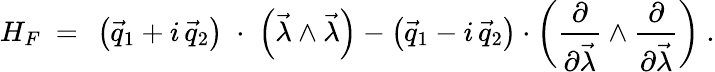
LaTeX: H_{F}\ =\ \left(\vec{q}_{1}+i\, \vec{q}_{2}\right)\; \cdot\; \left(\vec{\lambda}\wedge\vec{\lambda}\right)-\left(\vec{q}_{1}-i\, \vec{q}_{2}\right)\cdot\left(\frac{\partial}{\partial\vec{\lambda}}\wedge\frac{\partial}{\partial\vec{\lambda}}\right)\ .